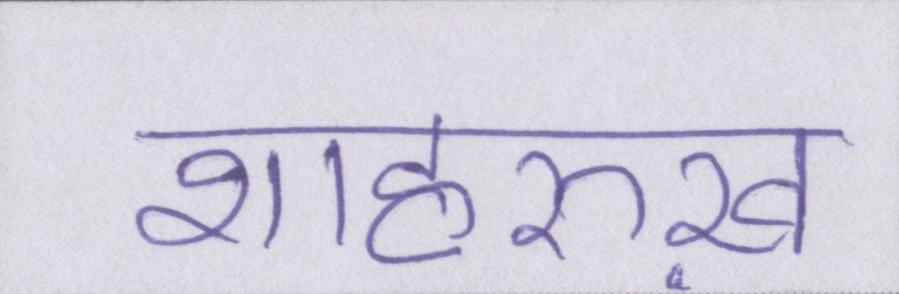
शाहरुख़